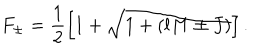
F _ { \pm } = \frac { 1 } { 2 } \left[ 1 + \sqrt { 1 + ( l M \pm J ) } \right] .